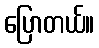
ပြောတယ်။